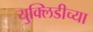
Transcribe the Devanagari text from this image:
युक्लिडीच्या